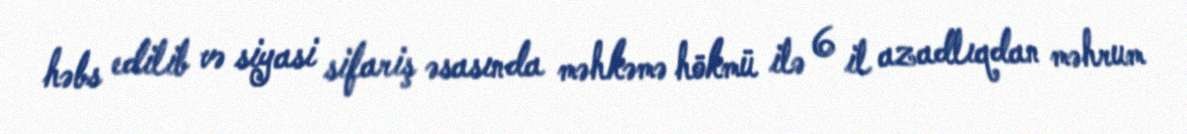
həbs edilib və siyasi sifariş əsasında məhkəmə hökmü ilə 6 il azadlıqdan məhrum